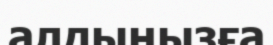
алдыңызға